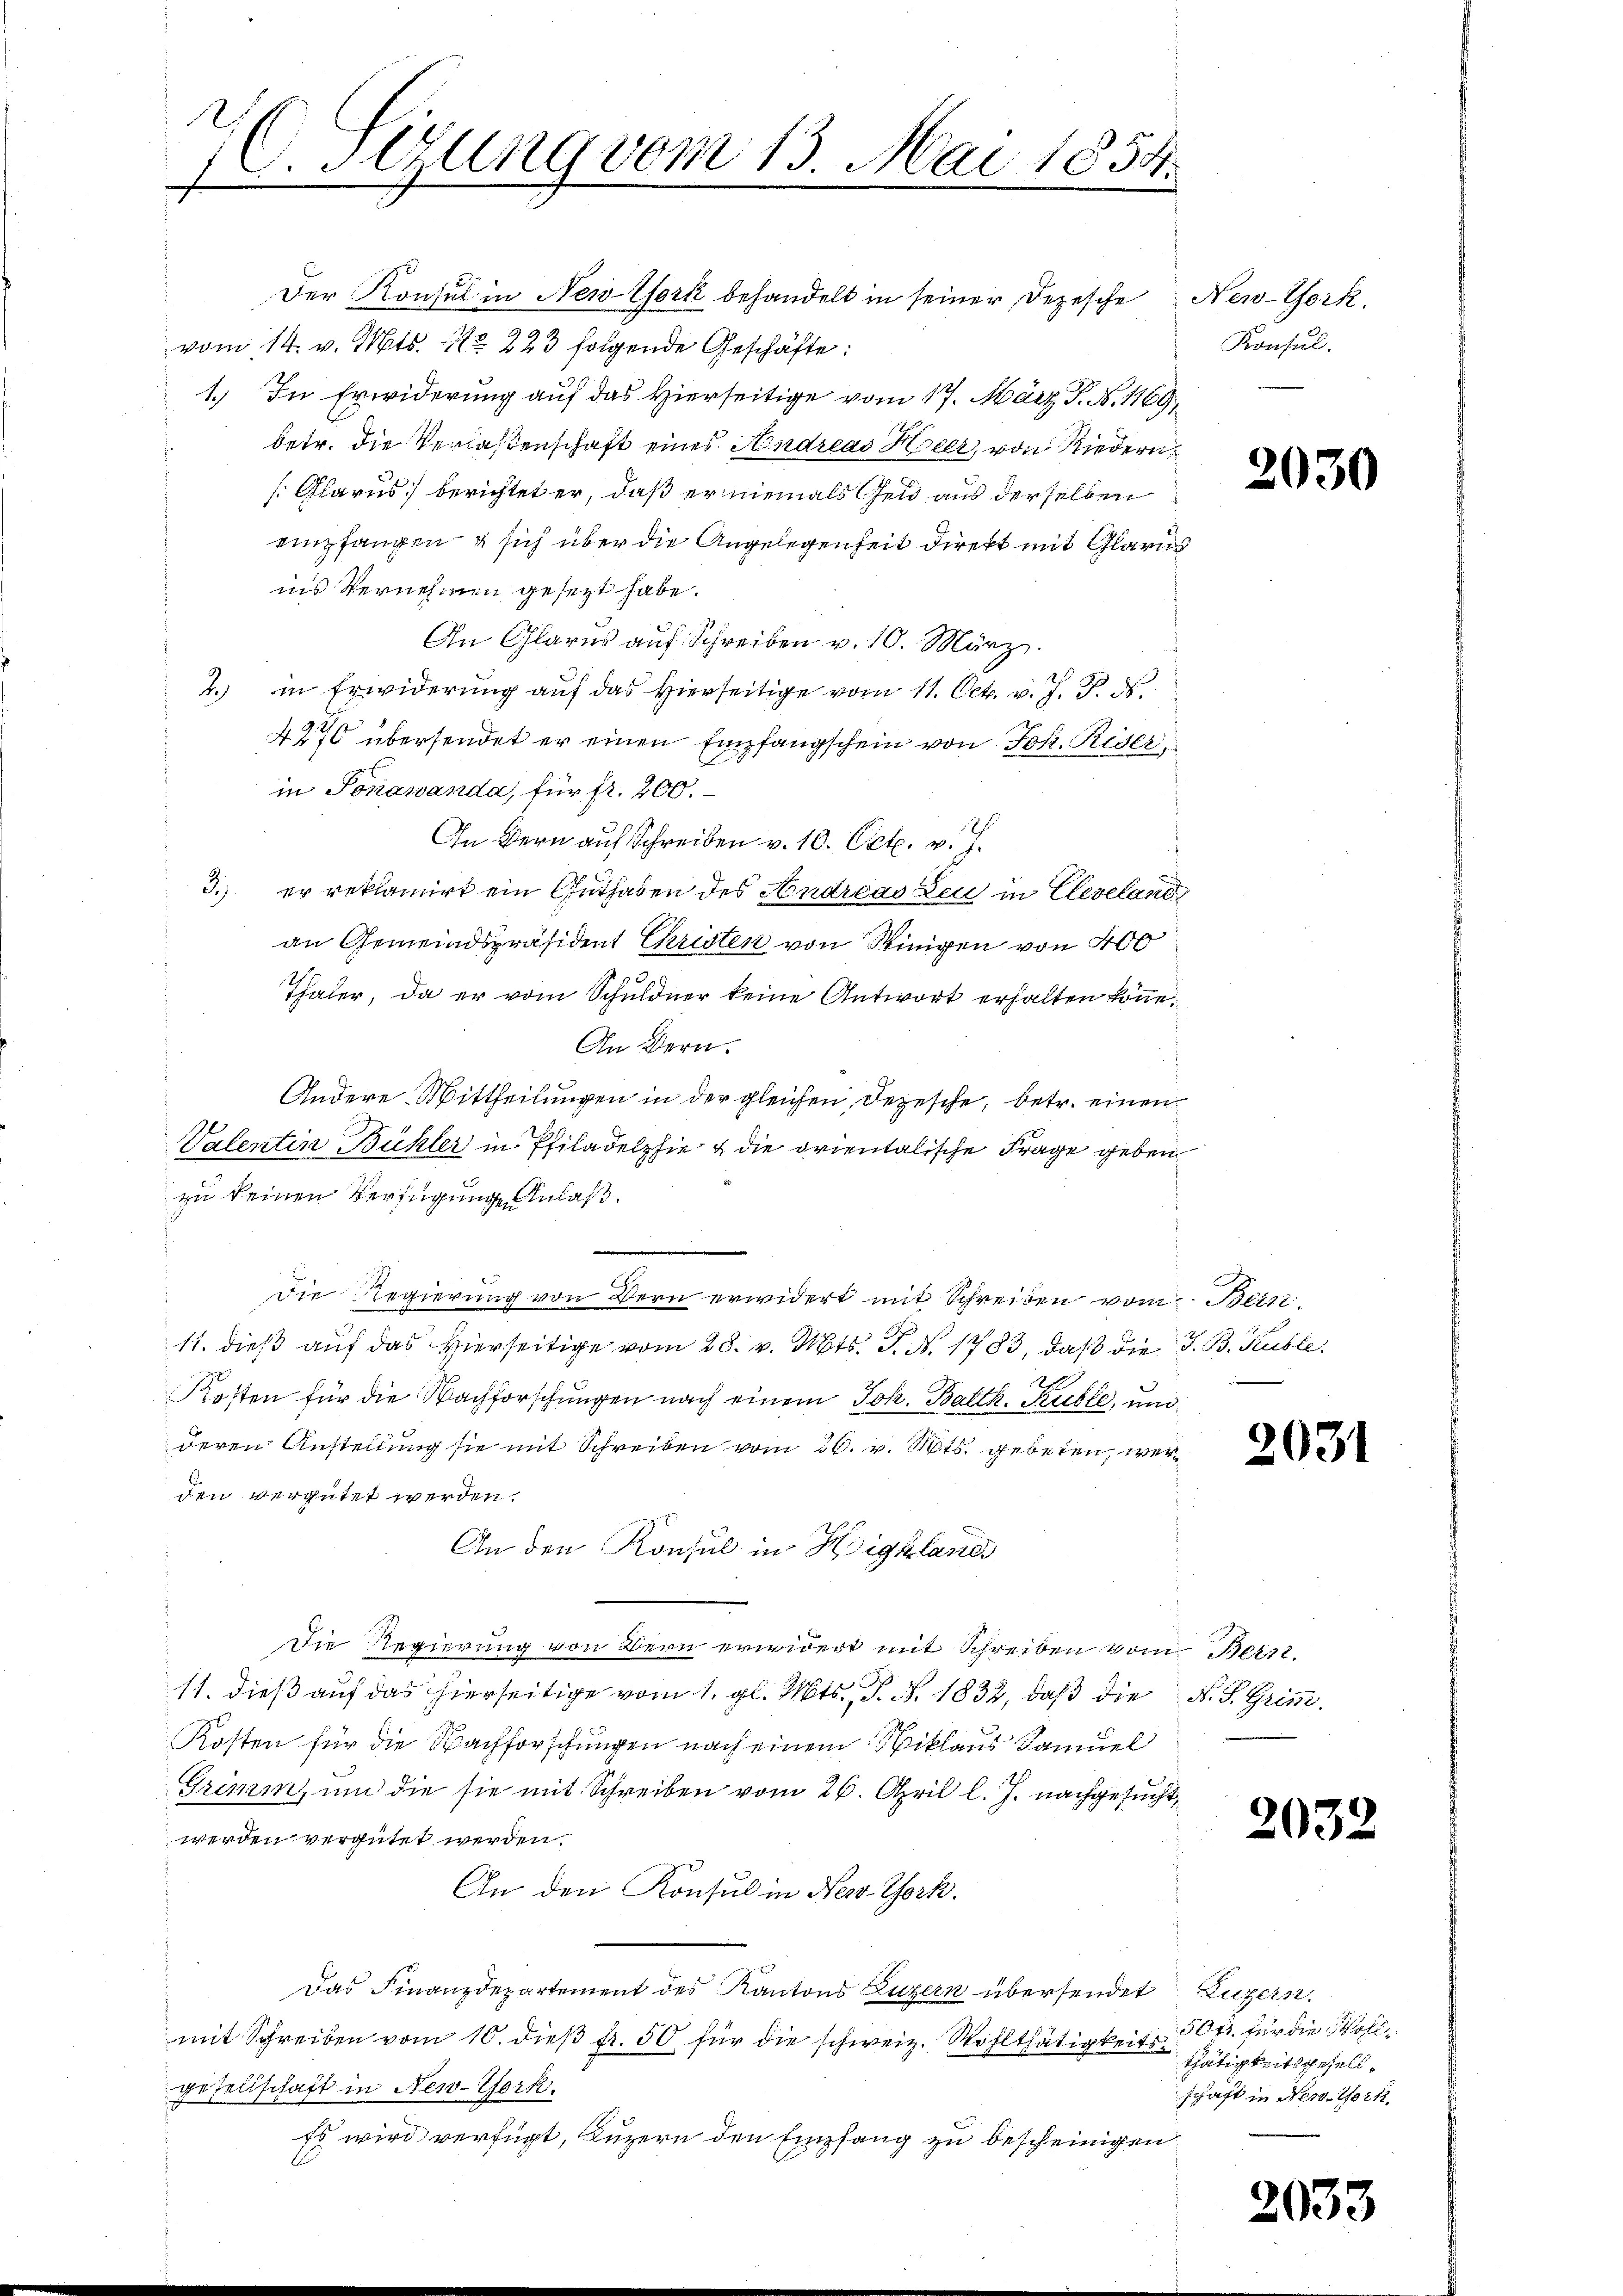
C Tirung vom 13. Mai 1854.
.

Der Konsul in New-York behandelt in seiner Depesche
vom 14. v. Mts. No 223 folgende Geschäfte:
1.) In Erwiderung auf das Hierseitige vom 17. März J. N. 1169,
betr. die Verlaßenschaft eines Andreas Heer, von Riedern
: Glarus berichtet er, daß er niemals Geld aus derselben
empfangen & sich über die Angelegenheit direkt mit Glarus
ins Vernehmen gesezt habe.
An Glarus auf Schreiben v. 10. März.
2. in Erwiderung auf das hierseitige vom 11. Oct. v. J. P. ds.
4270 übersendet er einen Empfangschein von Jos. Riser
in Jonawanda, für fr. 200.
In Bern auf Schreiben v. 10. Oct. v. J.
3.) er reklamirt ein Guthaben des Andreas Zeit in Cleveland
an Gemeindspräsident Christen von Winigen von 400
Thaler, da er vom Schuldner keine Antwort erhalten könne.
An Bern.
Andere Mittheilungen in der gleichen Depesche, betr. einen
Valentin Bühler in Philadelphie & die orientalische Frage geben
zu keinen Verfügungen Anlaß.
.
Die Regierung von Bern erwidert mit Schreiben vom Bein
11. dieß auf das Hierseitige vom 28. v. Mts. J. N. 1783, daß die J. B. Heusle
Rotten für die Nachforschungen nach einem Joh. Balth. Kuble, und
deren Anstellung sie mit Schreiben vom 26. v. Mts. gebeten, werden vergütet werden.
An den Konsul in Highlanes
Die Regierung von Bern erwidert mit Schreiben vom Bern.
11. dieß auf das hierseitige vom 1. gl. Mts., P. Nr. 1832, daß die N. F. Grimm.
Kosten für die Nachforschungen nach einem Niklaus Samuel
Grimm, um die sie mit Schreiben vom 26. April l. J. nachgesucht,
werden vergütet werden.
An den Konsul in New-York.
Das Finanzdepartement des Kantons Luzern übersendet Luzern
mit Schreiben vom 10. dieβ fr. 50 für die schweiz. Wohlthätigkeit 50 fr. für die Wohlgesellschaft in New-York
Es wird verfügt, Luzern den Empfang zu bescheinigen

New-York.
Konsul.

2030

2031

2032

thätigkeitsgesellschaft in New York,

2033